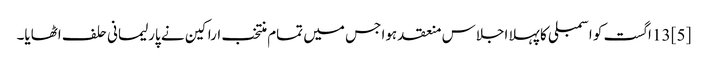
[5] 13 اگست کو اسمبلی کا پہلا اجلاس منعقد ہوا جس میں تمام منتخب اراکین نے پارلیمانی حلف اٹھایا۔